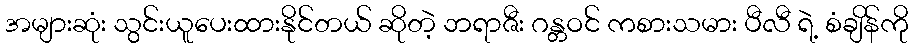
အများဆုံး သွင်းယူပေးထားနိုင်တယ် ဆိုတဲ့ ဘရာဇီး ဂန္တဝင် ကစားသမား ပီလီ ရဲ့ စံချိန်ကို